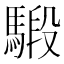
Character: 𩤣